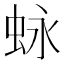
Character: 𮶽